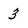
Character: 3